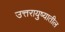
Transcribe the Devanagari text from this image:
उत्तरायुष्यातील